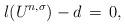
LaTeX: \begin{align*} l(U^{n, \sigma}) - d \, = \, 0,\end{align*}